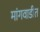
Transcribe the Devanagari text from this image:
मांगवाडीत